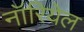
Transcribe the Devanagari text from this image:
नॉरियेल